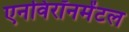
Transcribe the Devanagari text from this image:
एनविरॉनमेंटल